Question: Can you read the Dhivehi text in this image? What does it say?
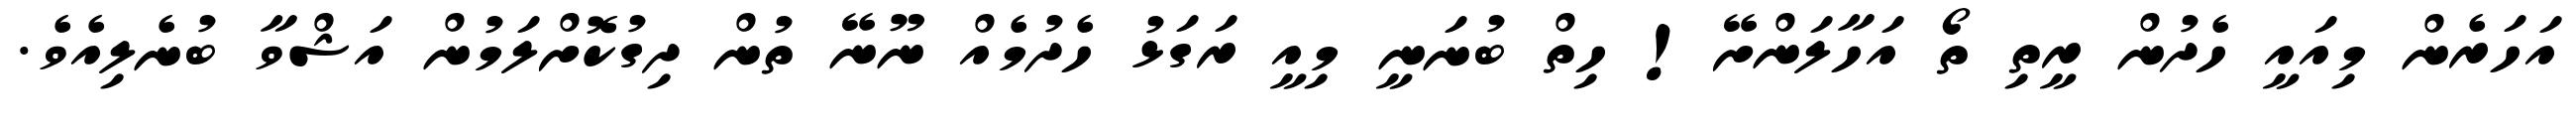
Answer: އަހަރެން މިއައީ ހެދުން ރީތި ތޯ އަހާލަންށޭ! ހިތް ބުނަނީ މިއީ ރަގަޅު ހެދުމެއް ނޫނޭ ތުން ދިގުކޮށްލަމުން އަޝްވާ ބުނެލިއެވެ.